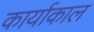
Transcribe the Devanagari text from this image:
कार्याकाल